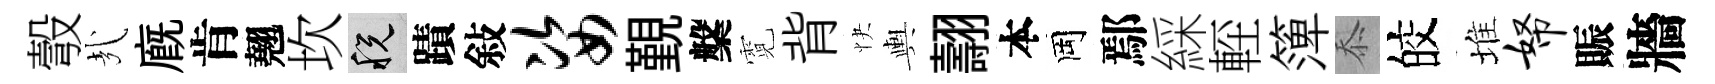
彀㢤廐肯翹坎税蹟敍姿覲槃霓背快輿翿本岡鄢綵䡖𥱼忝皎堆帑賑牆